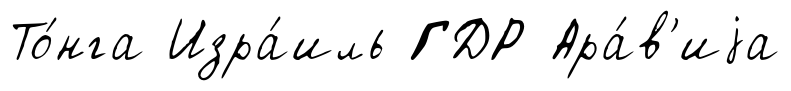
То́нга Изра́иль ГДР Ара́в'иjа